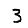
Digit: 3